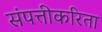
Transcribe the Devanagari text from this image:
संपत्तीकरिता